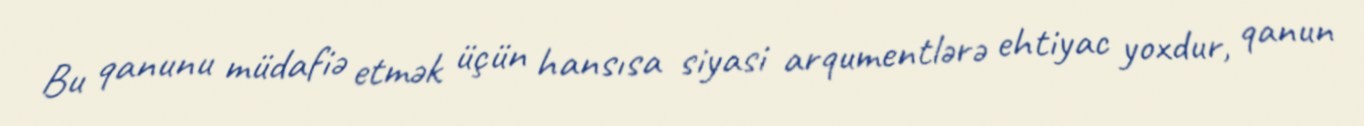
Bu qanunu müdafiə etmək üçün hansısa siyasi arqumentlərə ehtiyac yoxdur, qanun